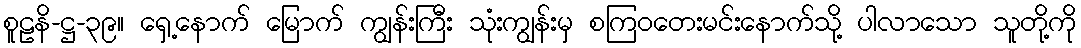
စူဠနိ-ဋ္ဌ-၃၉။ ရှေ့နောက် မြောက် ကျွန်းကြီး သုံးကျွန်းမှ စကြဝတေးမင်းနောက်သို့ ပါလာသော သူတို့ကို